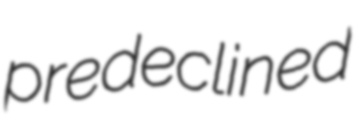
predeclined